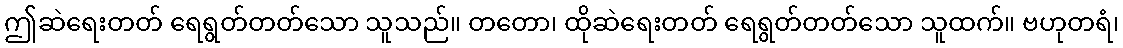
ဤဆဲရေးတတ် ရေရွတ်တတ်သော သူသည်။ တတော၊ ထိုဆဲရေးတတ် ရေရွတ်တတ်သော သူထက်။ ဗဟုတရံ၊